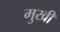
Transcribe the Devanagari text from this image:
मुखीं